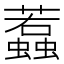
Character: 蠚